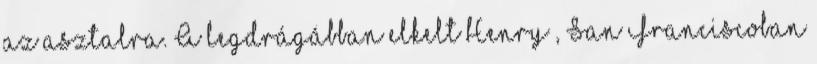
az asztalra. A legdrágábban elkelt Henry , San Franciscoban